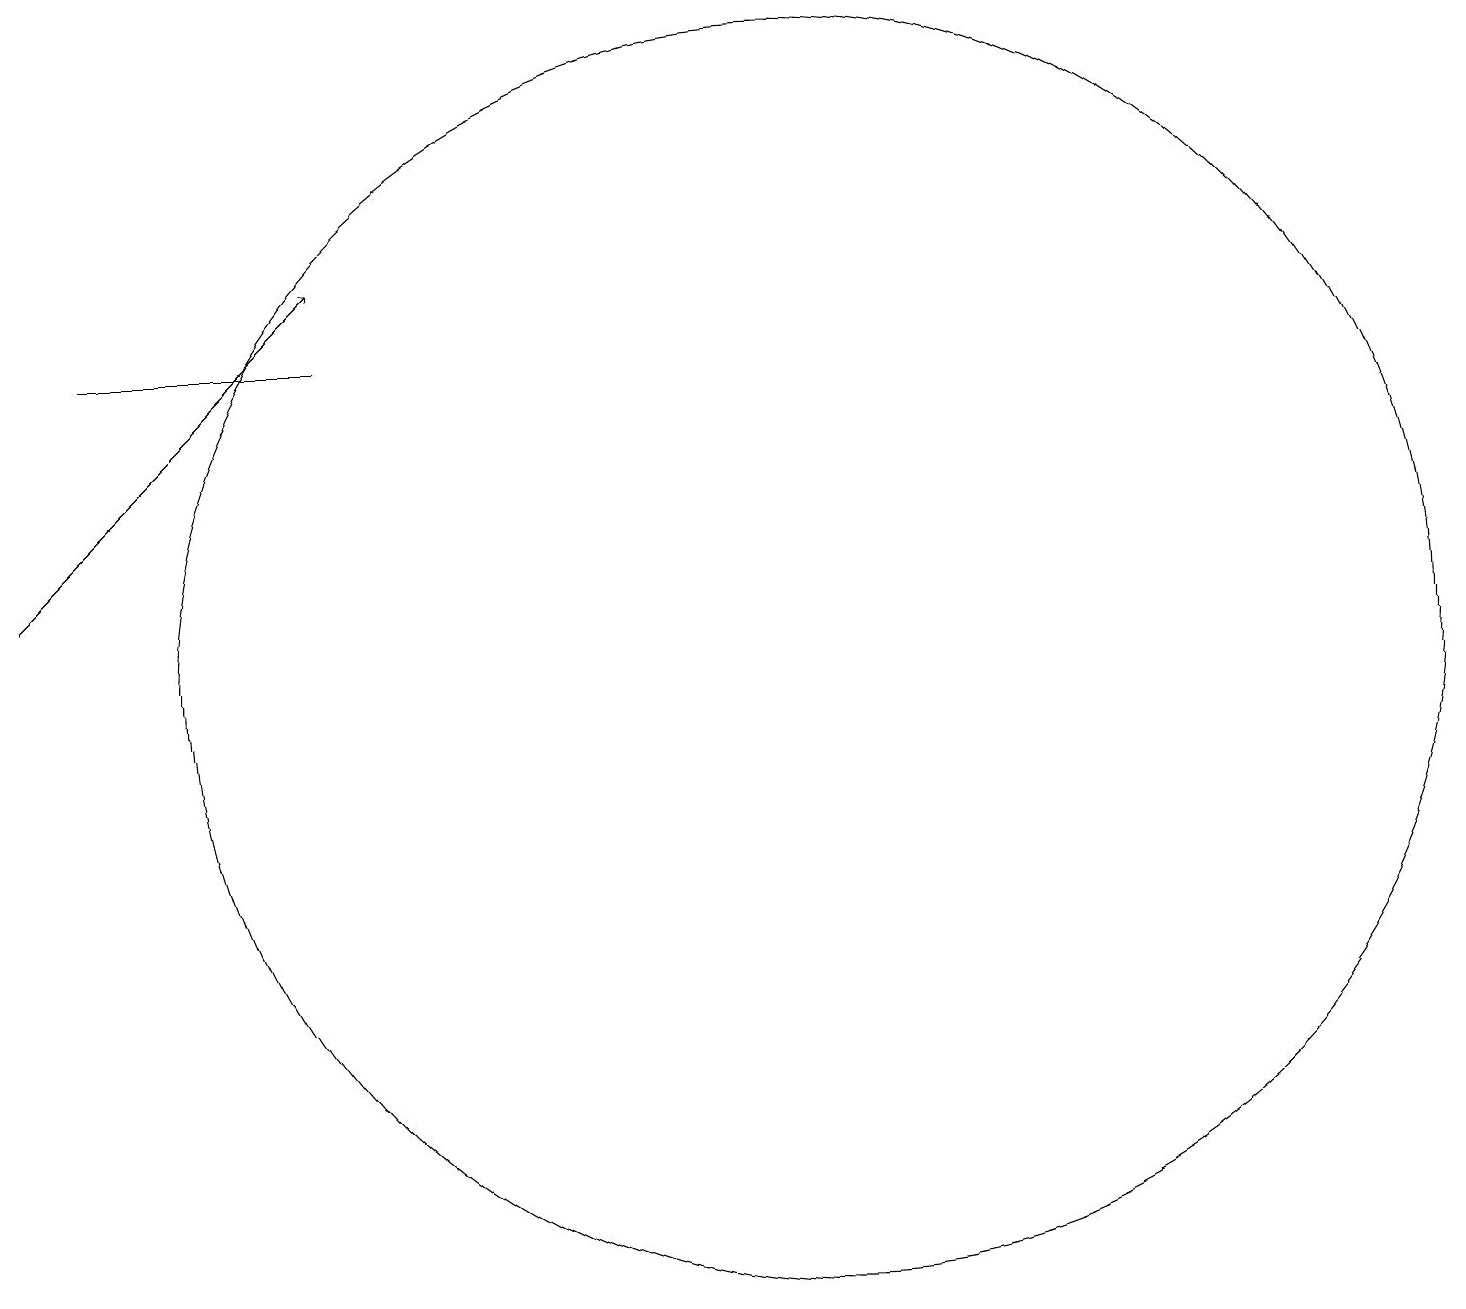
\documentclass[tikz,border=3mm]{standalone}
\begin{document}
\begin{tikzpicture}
\draw[->] (1,11) -- (5,15);
\draw (2,14) rectangle (5,14);
\draw (11,10) circle (8);
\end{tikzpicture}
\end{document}